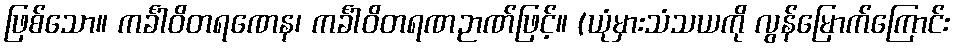
ဖြစ်သော။ ကင်္ခါဝိတရဏေန၊ ကင်္ခါဝိတရဏဉာဏ်ဖြင့်။ (ယုံမှားသံသယကို လွန်မြောက်ကြောင်း